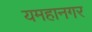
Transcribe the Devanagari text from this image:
यमहानगर